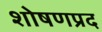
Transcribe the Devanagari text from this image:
शोषणप्रद